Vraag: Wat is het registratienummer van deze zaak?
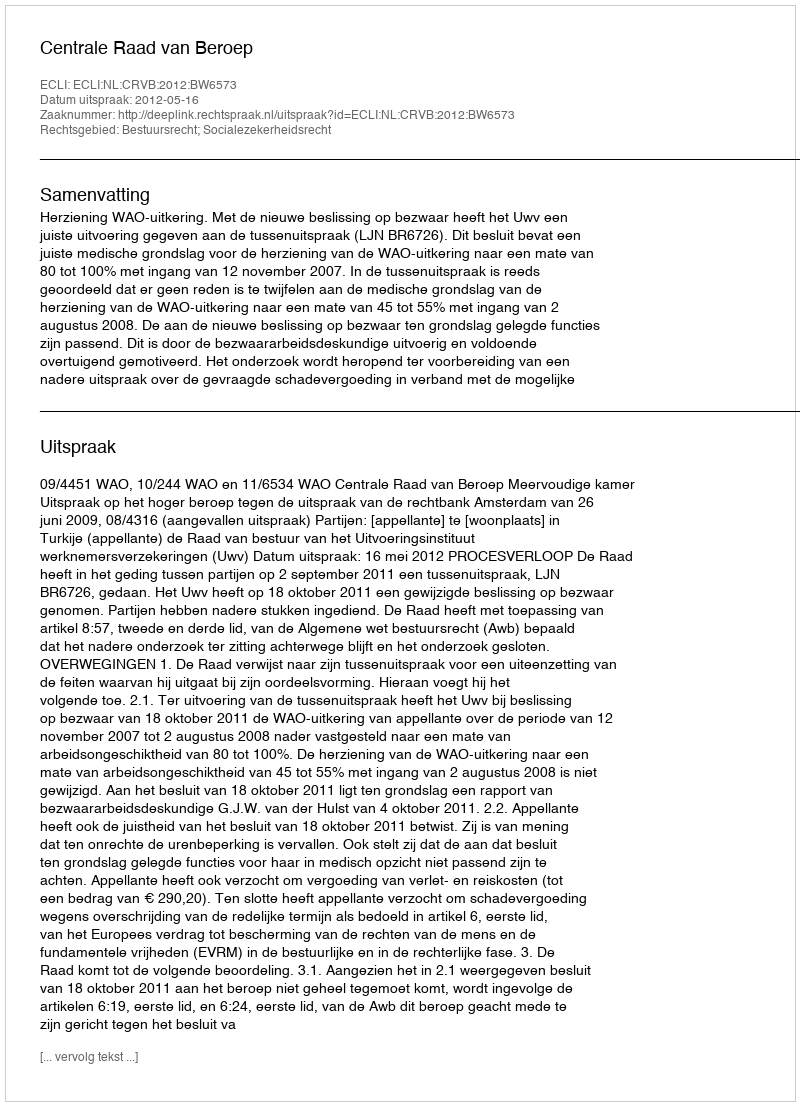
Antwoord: http://deeplink.rechtspraak.nl/uitspraak?id=ECLI:NL:CRVB:2012:BW6573